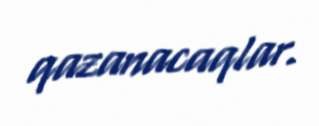
qazanacaqlar.